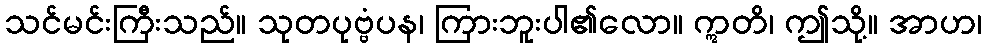
သင်မင်းကြီးသည်။ သုတပုဗ္ဗံပန၊ ကြားဘူးပါ၏လော။ ဣတိ၊ ဤသို့။ အာဟ၊